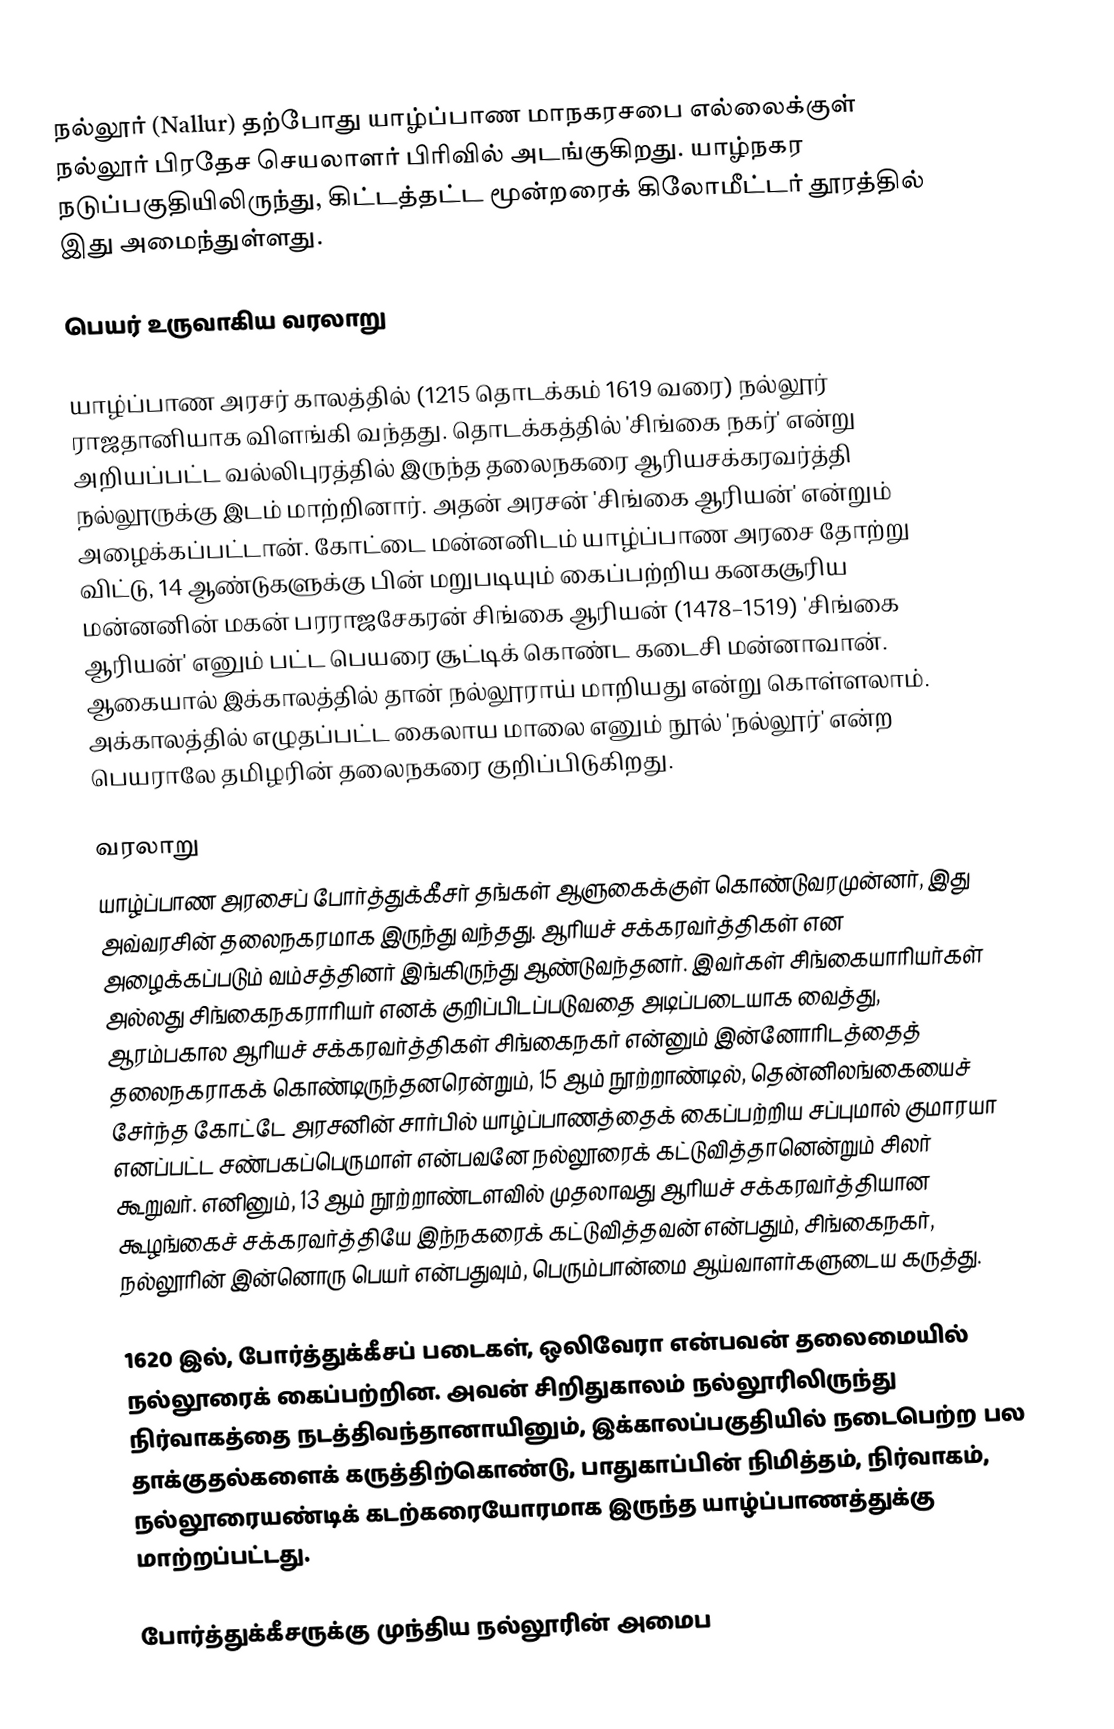
நல்லூர் (Nallur) தற்போது யாழ்ப்பாண மாநகரசபை எல்லைக்குள் நல்லூர் பிரதேச செயலாளர் பிரிவில் அடங்குகிறது. யாழ்நகர நடுப்பகுதியிலிருந்து, கிட்டத்தட்ட மூன்றரைக் கிலோமீட்டர் தூரத்தில் இது அமைந்துள்ளது.

பெயர் உருவாகிய வரலாறு

யாழ்ப்பாண அரசர் காலத்தில் (1215 தொடக்கம் 1619 வரை) நல்லூர் ராஜதானியாக விளங்கி வந்தது. தொடக்கத்தில் 'சிங்கை நகர்' என்று அறியப்பட்ட வல்லிபுரத்தில் இருந்த தலைநகரை ஆரியசக்கரவர்த்தி நல்லூருக்கு இடம் மாற்றினார். அதன் அரசன் 'சிங்கை ஆரியன்' என்றும் அழைக்கப்பட்டான். கோட்டை மன்னனிடம் யாழ்ப்பாண அரசை தோற்று விட்டு, 14 ஆண்டுகளுக்கு பின் மறுபடியும் கைப்பற்றிய கனகசூரிய மன்னனின் மகன் பரராஜசேகரன் சிங்கை ஆரியன் (1478–1519) 'சிங்கை ஆரியன்' எனும் பட்ட பெயரை சூட்டிக் கொண்ட கடைசி மன்னாவான். ஆகையால் இக்காலத்தில் தான் நல்லூராய் மாறியது என்று கொள்ளலாம். அக்காலத்தில் எழுதப்பட்ட கைலாய மாலை எனும் நூல் 'நல்லூர்' என்ற பெயராலே தமிழரின் தலைநகரை குறிப்பிடுகிறது.

வரலாறு
யாழ்ப்பாண அரசைப் போர்த்துக்கீசர் தங்கள் ஆளுகைக்குள் கொண்டுவரமுன்னர், இது அவ்வரசின் தலைநகரமாக இருந்து வந்தது. ஆரியச் சக்கரவர்த்திகள் என அழைக்கப்படும் வம்சத்தினர் இங்கிருந்து ஆண்டுவந்தனர். இவர்கள் சிங்கையாரியர்கள் அல்லது சிங்கைநகராரியர் எனக் குறிப்பிடப்படுவதை அடிப்படையாக வைத்து, ஆரம்பகால ஆரியச் சக்கரவர்த்திகள் சிங்கைநகர் என்னும் இன்னோரிடத்தைத் தலைநகராகக் கொண்டிருந்தனரென்றும், 15 ஆம் நூற்றாண்டில், தென்னிலங்கையைச் சேர்ந்த கோட்டே அரசனின் சார்பில் யாழ்ப்பாணத்தைக் கைப்பற்றிய சப்புமால் குமாரயா எனப்பட்ட சண்பகப்பெருமாள் என்பவனே நல்லூரைக் கட்டுவித்தானென்றும் சிலர் கூறுவர். எனினும், 13 ஆம் நூற்றாண்டளவில் முதலாவது ஆரியச் சக்கரவர்த்தியான கூழங்கைச் சக்கரவர்த்தியே இந்நகரைக் கட்டுவித்தவன் என்பதும், சிங்கைநகர், நல்லூரின் இன்னொரு பெயர் என்பதுவும், பெரும்பான்மை ஆய்வாளர்களுடைய கருத்து.

1620 இல், போர்த்துக்கீசப் படைகள், ஒலிவேரா என்பவன் தலைமையில் நல்லூரைக் கைப்பற்றின. அவன் சிறிதுகாலம் நல்லூரிலிருந்து நிர்வாகத்தை நடத்திவந்தானாயினும், இக்காலப்பகுதியில் நடைபெற்ற பல தாக்குதல்களைக் கருத்திற்கொண்டு, பாதுகாப்பின் நிமித்தம், நிர்வாகம், நல்லூரையண்டிக் கடற்கரையோரமாக இருந்த யாழ்ப்பாணத்துக்கு மாற்றப்பட்டது.

போர்த்துக்கீசருக்கு முந்திய நல்லூரின் அமைப